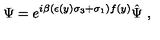
\Psi = e ^ { i \beta ( \epsilon ( y ) \sigma _ { 3 } + \sigma _ { 1 } ) f ( y ) } \hat { \Psi } \ ,